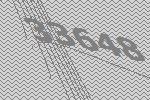
33648